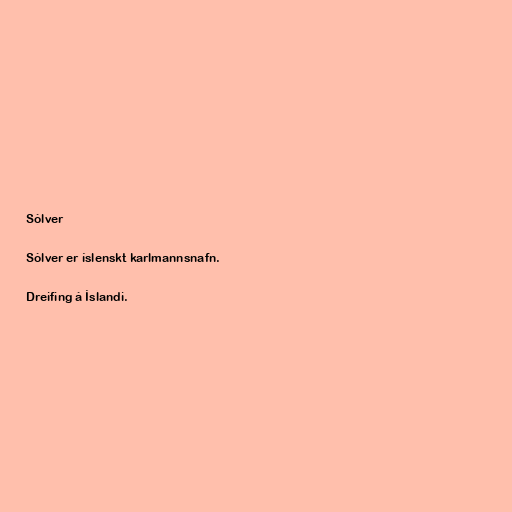
Sólver

Sólver er íslenskt karlmannsnafn.

Dreifing á Íslandi.